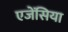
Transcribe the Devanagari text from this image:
एजेंसिया